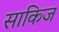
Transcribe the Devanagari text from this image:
साकिज